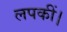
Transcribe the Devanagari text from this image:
लपकीं।